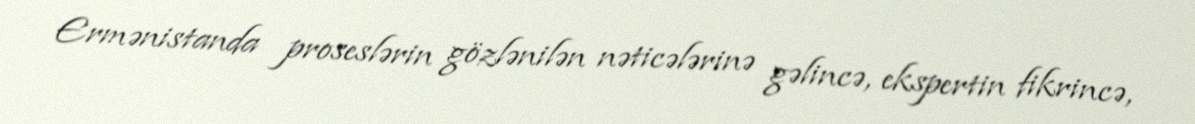
Ermənistanda proseslərin gözlənilən nəticələrinə gəlincə, ekspertin fikrincə,